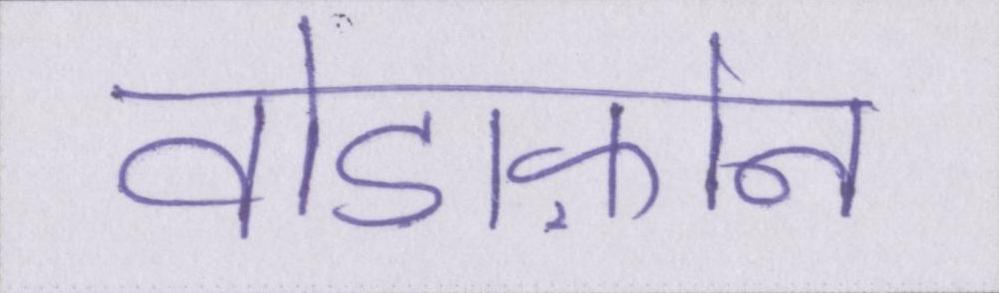
वोडाफ़ोन